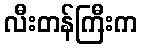
လီးတန်ကြီးက